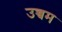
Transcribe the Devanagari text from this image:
उच्चम